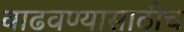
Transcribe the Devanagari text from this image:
वाढवण्यासाठीच